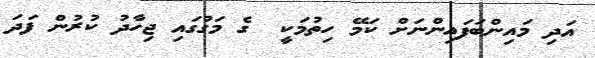
އަދި މައިންބަފައިންނަށް ކަމޭ ހިތުމަކީ  ގެ މަގުގައި ޖިހާދު ކުރުން ފަދަ